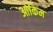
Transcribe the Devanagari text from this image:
ओकिम